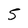
Character: 5